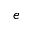
e